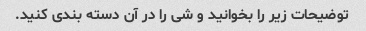
توضیحات زیر را بخوانید و شی را در آن دسته بندی کنید.